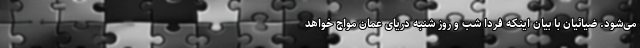
می‌شود. ضیائیان با بیان اینکه فردا شب و روز شنبه دریای عمان مواج خواهد